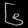
Digit: ၆